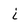
Character: i